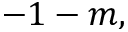
- 1 - m ,